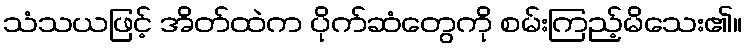
သံသယဖြင့် အိတ်ထဲက ပိုက်ဆံတွေကို စမ်းကြည့်မိသေး၏။